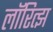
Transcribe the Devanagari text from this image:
लॉरित्झ